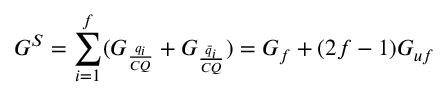
G ^ { S } = \sum _ { i = 1 } ^ { f } ( G _ { \frac { q _ { i } } { C Q } } + G _ { \frac { \bar { q } _ { i } } { C Q } } ) = G _ { f } + ( 2 f - 1 ) G _ { u f }